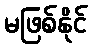
မဖြစ်နိုင်